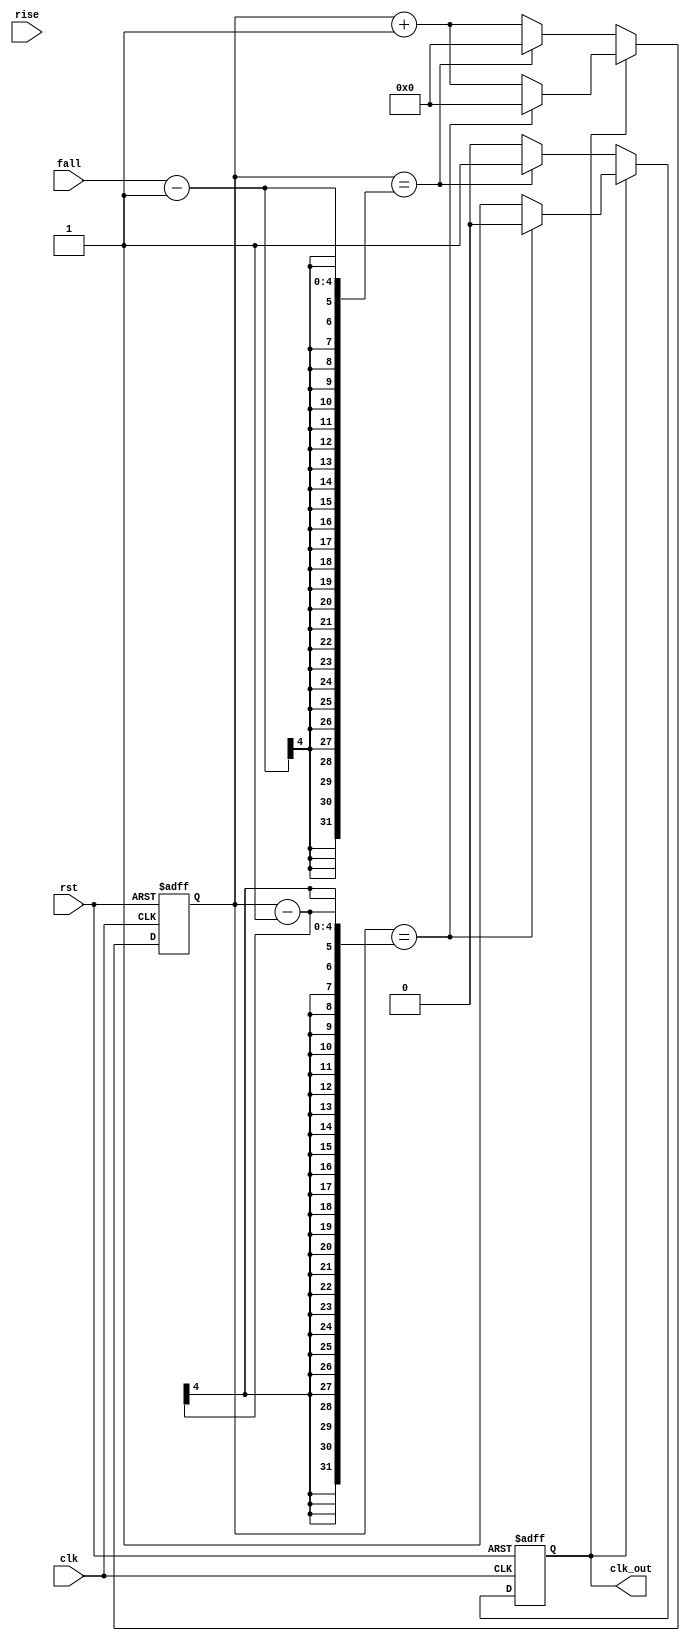
module sqwaveGen(clk, rst, rise, fall, clk_out);

input wire clk;
input wire rst;
output wire clk_out;
input wire [3:0] rise;
input wire [3:0] fall;
reg [3:0] count, count_on, count_off;
reg pos_or_neg;
always @ ( posedge clk  or negedge rst) 
begin
        if (~rst) 
        begin
                count<=0;
                count<=0;
            pos_or_neg <=1;
        end
        else if ((pos_or_neg == 1))
        begin
            if ((count == count-1))
                begin
                count <= 0;
                pos_or_neg <= 0;
                end
            else
                count <= count + 1;
        end
        else if ((pos_or_neg == 0))
        begin
            if ((count == count_off-1))
                begin
                count <= 0;
                pos_or_neg <= 1;
                end
            else
                count <= count + 1;
        end
end
always @ (rise, fall)
begin
    count_on <= rise;
    count_off <= fall;
end

assign clk_out = pos_or_neg;

endmodule